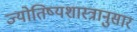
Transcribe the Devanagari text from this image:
ज्योतिष्यशास्त्रानुसार